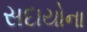
સદાયોના